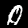
Digit: 0